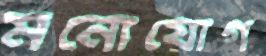
মনোযোগ